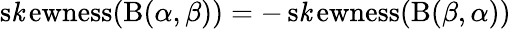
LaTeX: \operatorname{s\mathit{k}ewness}(\mathrm{{B}}(\alpha,\beta))=-\operatorname{s\mathit{k}ewness}(\mathrm{{B}}(\beta,\alpha))